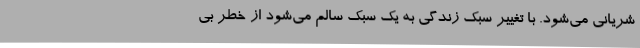
شریانی می‌شود. با تغییر سبک زندگی به یک سبک سالم می‌شود از خطر بی